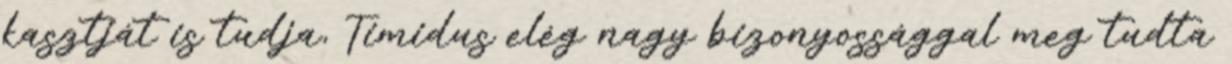
kasztját is tudja, Timidus elég nagy bizonyossággal meg tudta